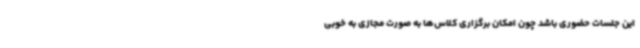
این جلسات حضوری باشد چون امکان برگزاری کلاس‌ها به صورت مجازی به خوبی